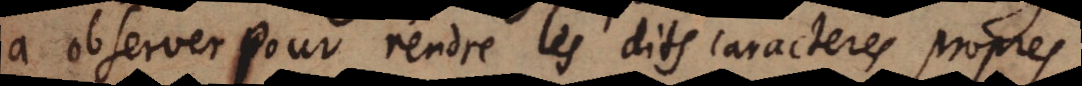
a observer pour rendre les dits caracteres propres